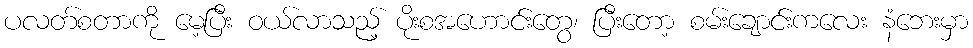
ပလတ်စတာကို မေ့ပြီး ဝယ်လာသည့် ပိုးစအဟောင်းတွေ၊ ပြီးတော့ စမ်းချောင်းကလေး နံဘေးမှာ